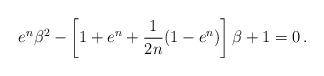
LaTeX: \begin{align*}e^n\beta^2 - \left[ 1+e^n+ {1\over 2n}(1-e^n) \right]\beta +1 =0\,.\end{align*}